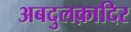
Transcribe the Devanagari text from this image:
अबदुलक़ादिर